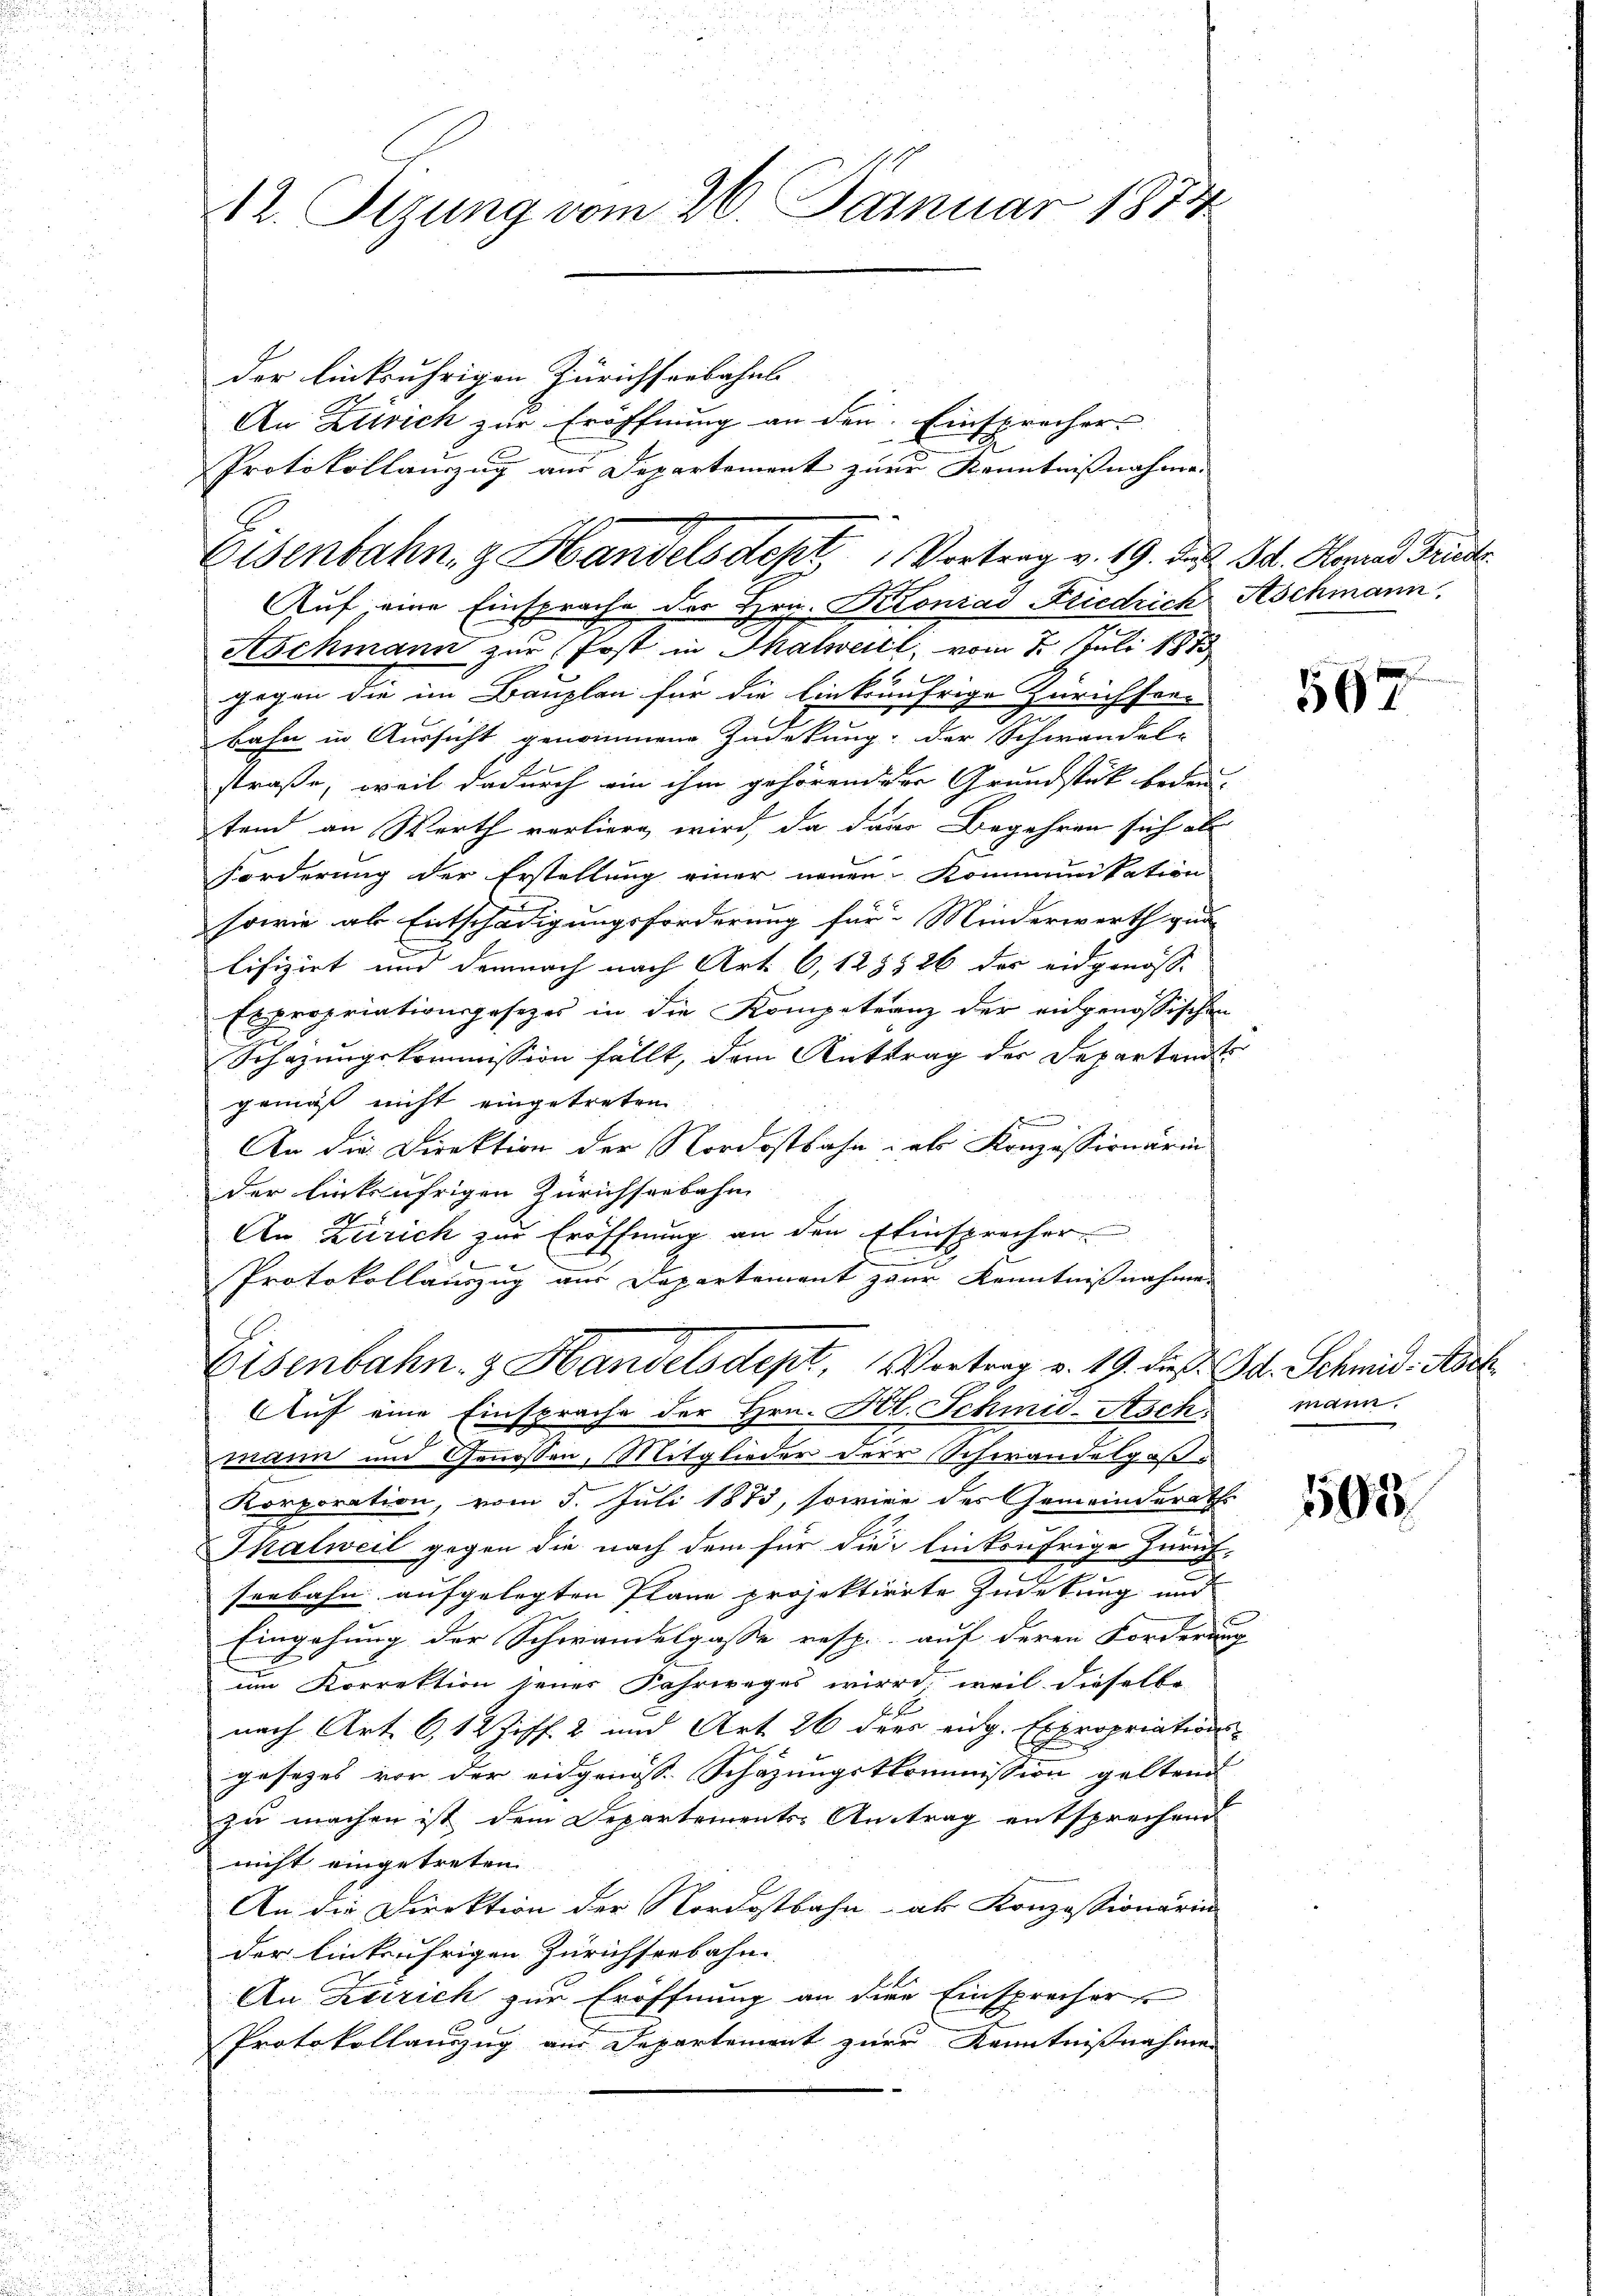
12. Sizung vom 26. Januar 1874

der Einfruhrigen Zürichseebahnt.
An Zürich zur Eröffnung an den Einsprecher
Protokollauszug aus Departement zur Kenntnißnahme.
uf, eine Einsprache der Hrn. Konrad Friedrich Aschmann.
Aschmann zur Post in Thalweil, vom 7. Juli 1883
gegen die im Bauplan für die linkufrige Zürichsee-
Bahn in Aussicht genommene Zudekung: der Schwandel-
straße, weil dadurch ein ihm gehörend der Grundstück bedeu-
tend an Werth vorliere wird, da davo Begehren sich als
Forderung der Erstellung einer neuen Kommunikation
sowie als Entschädigungsforderung für Minderwerth gun
lifizirt und demnach nach Art. 6, 128526 des eidgenosse
Expropriationsgesetzer in die Kompetranz der angenössischen
Schazungskommission fällt, dem Anttrag der Departant
gemäß nicht eingetreten
An die Direktion der Nordostbahn als Konzessionärin
der linksufrigen Zürichseebahn
An Zürich zur Eröffnung an den Einsprecher
.
Protokollauszug aus Departement paar Kenntnißnahmen
Eisenbahn & Handelsdept, Vortrag v. 19. dieß. J. Schmid, Nach
Auf eine Einsprache der Hrn. Art. Schmid-Asch
mann und Genossen, Mitglieder der Schwandelgoß¬
Korporation, vom 5. Juli 1873, sowie des Gemeinderath
Thalweil gegen die nach dem für die linkufrige Zürich,
seebahn aufgelegten Plane projektirte Zudekung und
Eingehung der Schwandelgasse resp. auf deren Forderung
um Korrektion jener Fahrweges wird, weil dieselbe
nach Art. 6, 12 Ziff. 2 und Art. 26 dees eidg. Expropriations-
gesezes von der eidgenöss. Schazungskommission geltend
zu machen ist dem Departements-Antrag entsprechend
nicht eingetreten
An die Direktion der Nordostbahn- als Konzessionärin
der linkufrigen Zürichseebahn
An Zürich zur Eröffnung an die Einsprecher
Protokollauszug aus Departement zur Kenntnißnahmen

Eisenbahn, z. Handelsdept Vortrag v. 19. Das St. Konrad Friedr.

567

mann.

503.